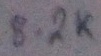
Text: 8.2K